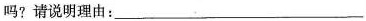
吗?请说明理由：___